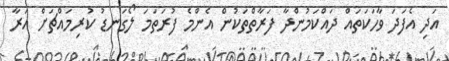
އަދި އެފަދަ ވާހަކަތައް ދައްކަމުންދާ ފަރާތްތަކުން އެންމެ ފުރަތަމަ ލޯގަނޑު ކުރިމައްޗަށް އަރާ